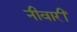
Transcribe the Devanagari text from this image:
नीवारीं